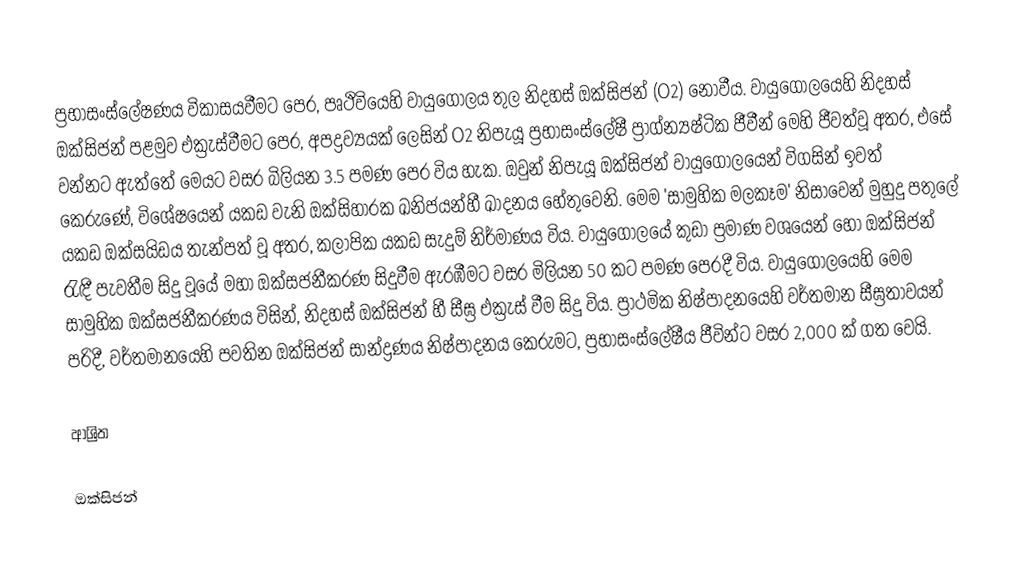
ප්‍රභාසංස්ලේෂණය විකාසයවීමට පෙර, පෘථිවියෙහි වායුගෝලය තුල නිදහස් ඔක්සිජන් (O2) නොවීය.  වායුගෝලයෙහි නිදහස් ඔක්සිජන් පළමුව එක්‍රැස්වීමට පෙර, අපද්‍රව්‍යයක් ලෙසින් O2 නිපැයූ  ප්‍රභාසංස්ලේෂී ප්‍රාග්න්‍යෂ්ටික ජීවීන් මෙහි ජීවත්වූ අතර, එසේ වන්නට ඇත්තේ මෙයට වසර බිලියන 3.5 පමණ පෙර විය හැක. ඔවුන් නිපැයූ ඔක්සිජන් වායුගෝලයෙන් විගසින් ඉවත් කෙරුණේ, විශේෂයෙන් යකඩ වැනි ඔක්සිහාරක ඛනිජයන්හී  ඛාදනය හේතුවෙනි. මෙම 'සාමුහික මලකෑම' නිසාවෙන් මුහුදු පතුලේ යකඩ ඔක්සයිඩය  තැන්පත් වූ අතර, කලාපික යකඩ සැදුම් නිර්මාණය විය. වායුගෝලයේ කුඩා ප්‍රමාණ වශයෙන් හෝ ඔක්සිජන් රැඳී පැවතීම සිදු වූයේ මහා ඔක්සජනීකරණ සිදුවීම ඇරඹීමට වසර මිලියන 50 කට පමණ පෙරදී විය.   වායුගෝලයෙහි මෙම සාමුහික ඔක්සජනීකරණය විසින්, නිදහස් ඔක්සිජන් හී සීඝ්‍ර එක්‍රැස් වීම සිදු විය. ප්‍රාථමික නිෂ්පාදනයෙහි වර්තමාන සීඝ්‍රතාවයන් පරිදී, වර්තමානයෙහි පවතින ඔක්සිජන් සාන්ද්‍රණය නිෂ්පාදනය කෙරුමට, ප්‍රභාසංස්ලේෂීය ජීවින්ට වසර  2,000 ක් ගත වෙයි.

ආශ්‍රිත

ඔක්සිජන්